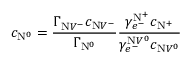
c _ { \mathrm { N } ^ { 0 } } = \frac { \Gamma _ { \mathrm { N } V ^ { - } } ^ { } c _ { \mathrm { N } V ^ { - } } } { \Gamma _ { \mathrm { N } ^ { 0 } } } \frac { \gamma _ { e ^ { - } } ^ { \mathrm { N } ^ { + } } c _ { \mathrm { N } ^ { + } } } { \gamma _ { e ^ { - } } ^ { \mathrm { N } V ^ { 0 } } c _ { \mathrm { N } V ^ { 0 } } }